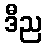
ဒီည